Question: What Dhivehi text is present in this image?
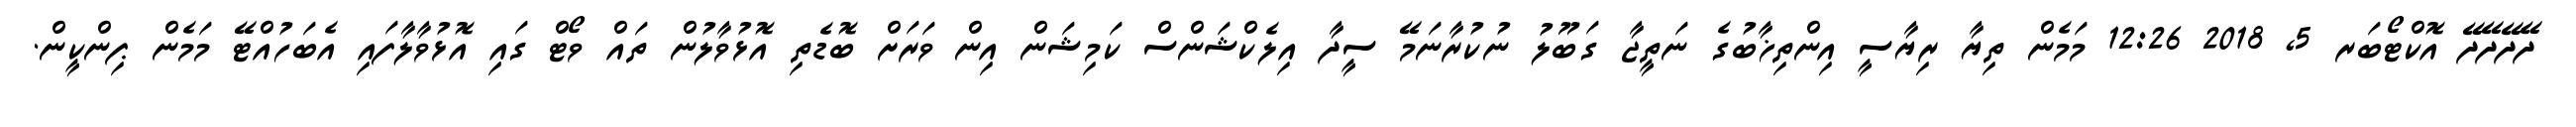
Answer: ދޭދޭދޭދޭ އޮކްޓޯބަރ 5, 2018 12:26 މަމެން ތިޔާ ރިޔާސީ އިންތިޚާބުގެ ނަތީޖާ ގަބޫލު ނުކުރާނަމޭ ސީދާ އިލެކްޝަންސް ކަމިޝަން އިން ވަރަށް ބޮޑެތި އޮޅުވާލުން ތައް ވޯޓް ގައި އޮޅުވާލާފައި އެބަހުއްޓޭ މަމެން ޕިންކީން.